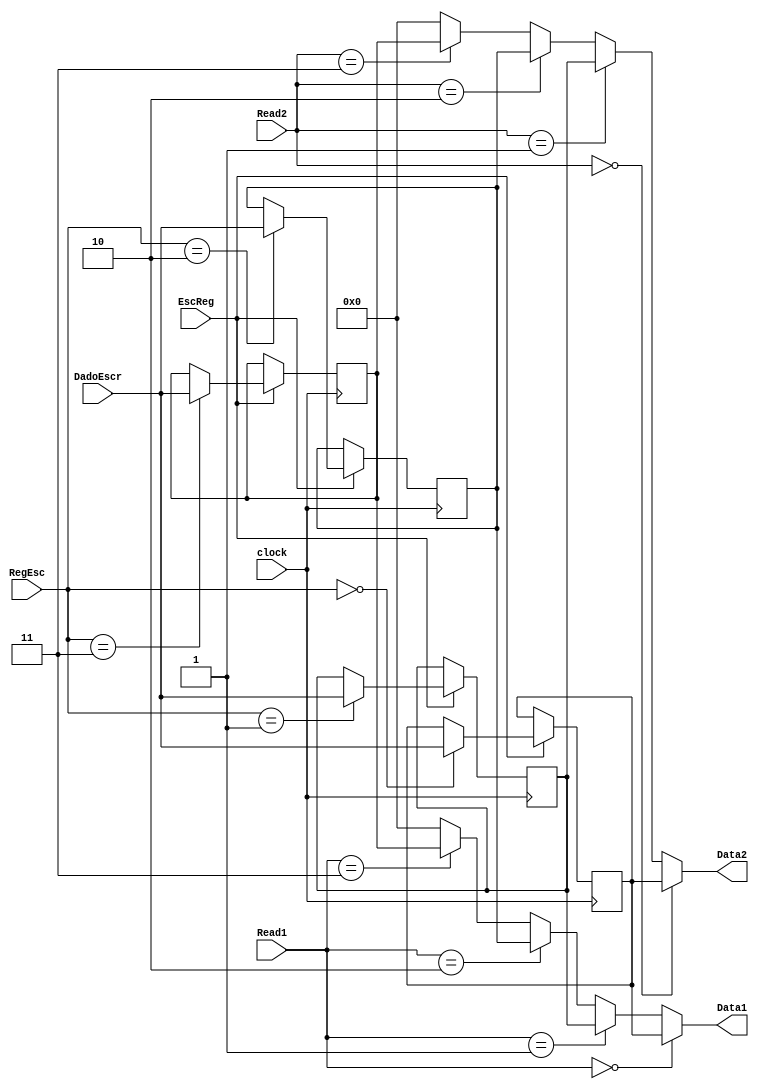
module registerfile (Read1,Read2,RegEsc,DadoEscr,EscReg,clock,Data1,Data2);
 
 input [1:0] Read1,Read2; // registradores para ler
 input [1:0] RegEsc; // o reg que deve ser escrito os dados retornados
 input [7:0] DadoEscr;// o valor que deve ser escrito no registrador
 input EscReg, // se deve ser escrito no reg ou nao
       clock; // clock
 output [7:0] Data1, Data2; // valores que saem dos registradores
 reg [7:0] t0, t1, s0, s1; // 4 registradores de 8 bits
 
 initial begin
		t0 <= 8'b00000000;
		t1 <= 8'b00000000;
		s0 <= 8'b00000000;
		s1 <= 8'b00000000;
	end
   assign Data1 = Read1 == 2'b00 ? t0 :
						Read1 == 2'b01 ? t1 :
						Read1 == 2'b10 ? s0 :
						Read1 == 2'b11 ? s1 : 0;
						
   assign Data2 = Read2 == 2'b00 ? t0 :
						Read2 == 2'b01 ? t1 :
						Read2 == 2'b10 ? s0 :
						Read2 == 2'b11 ? s1 : 0;

   always @(posedge clock) begin
      if (EscReg) 
    case (RegEsc) 
      2'b00: begin
         t0 <= DadoEscr;
      end
      2'b01: begin
         t1 <= DadoEscr;
      end
      2'b10: begin
         s0 <= DadoEscr;
      end
      2'b11: begin
         s1 <= DadoEscr;
      end
    endcase 
   end 
endmodule